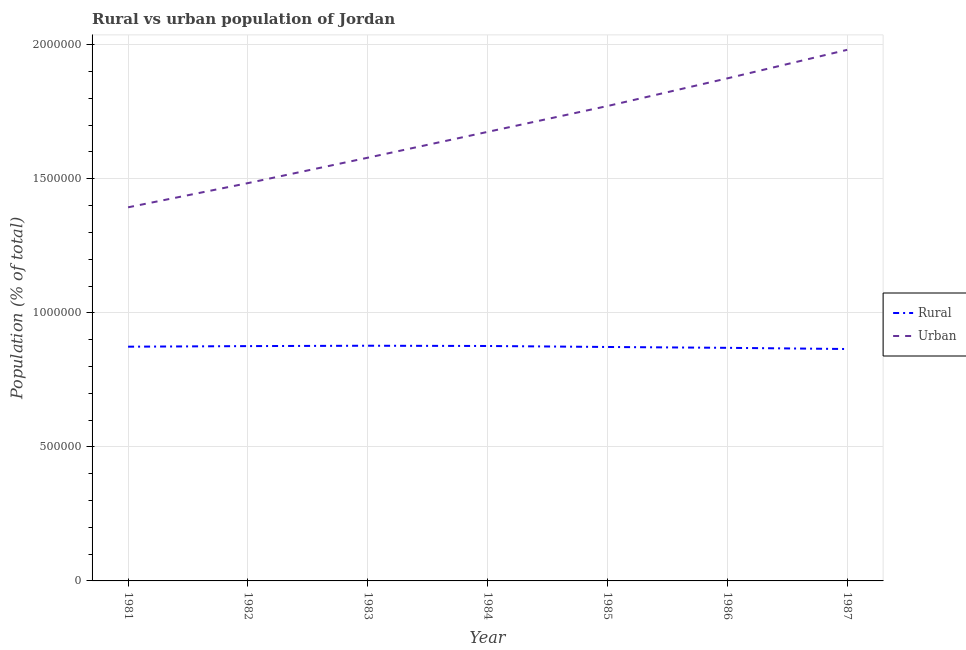
| Year | Rural | Urban |
 | --- | --- | --- |
 | 1981 | 8.74e+05 | 1.39e+06 |
 | 1982 | 8.76e+05 | 1.48e+06 |
 | 1983 | 8.77e+05 | 1.58e+06 |
 | 1984 | 8.76e+05 | 1.67e+06 |
 | 1985 | 8.73e+05 | 1.77e+06 |
 | 1986 | 8.69e+05 | 1.87e+06 |
 | 1987 | 8.65e+05 | 1.98e+06 |